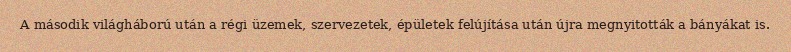
A második világháború után a régi üzemek, szervezetek, épületek felújítása után újra megnyitották a bányákat is.